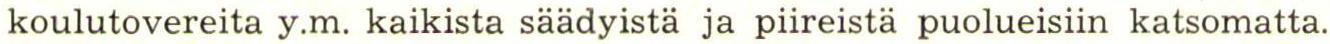
koulutovereita y.m. kaikista säädyistä ja piireistä puolueisiin katsomatta.